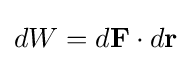
dW=d\mathbf {F} \cdot d\mathbf {r}